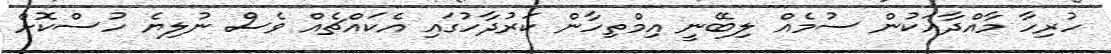
ހުރިހާ މާއްދާއަކުން ސުމެއް ލިބޭނީ އިމްތިހާން ކަރުދާހުގައި އެކައްޗެއް ވެސް ނުލިޔެ ހުސްކޮށް